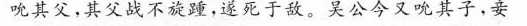
吮其父，其父战不旋踵，遂死于敌，吴公今又晚其子，安